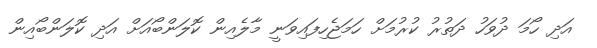
އަދި ހޯމަ ދުވަހު ދަތުރު ކުރުމަށް ހަމަޖެހިފައިވަނީ މާލެއިން ކޮލަންބޯއަށް އަދި ކޮލަންބޯއިން